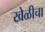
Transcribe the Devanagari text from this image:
खेळीचा